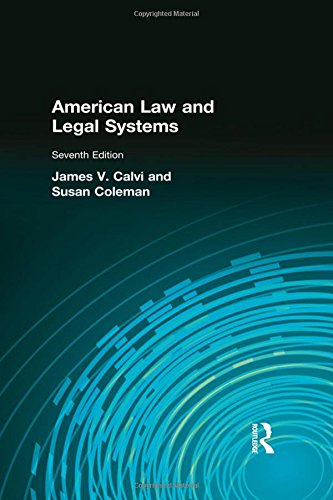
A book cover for American Law and Legal Systems; James V Calvi; Law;